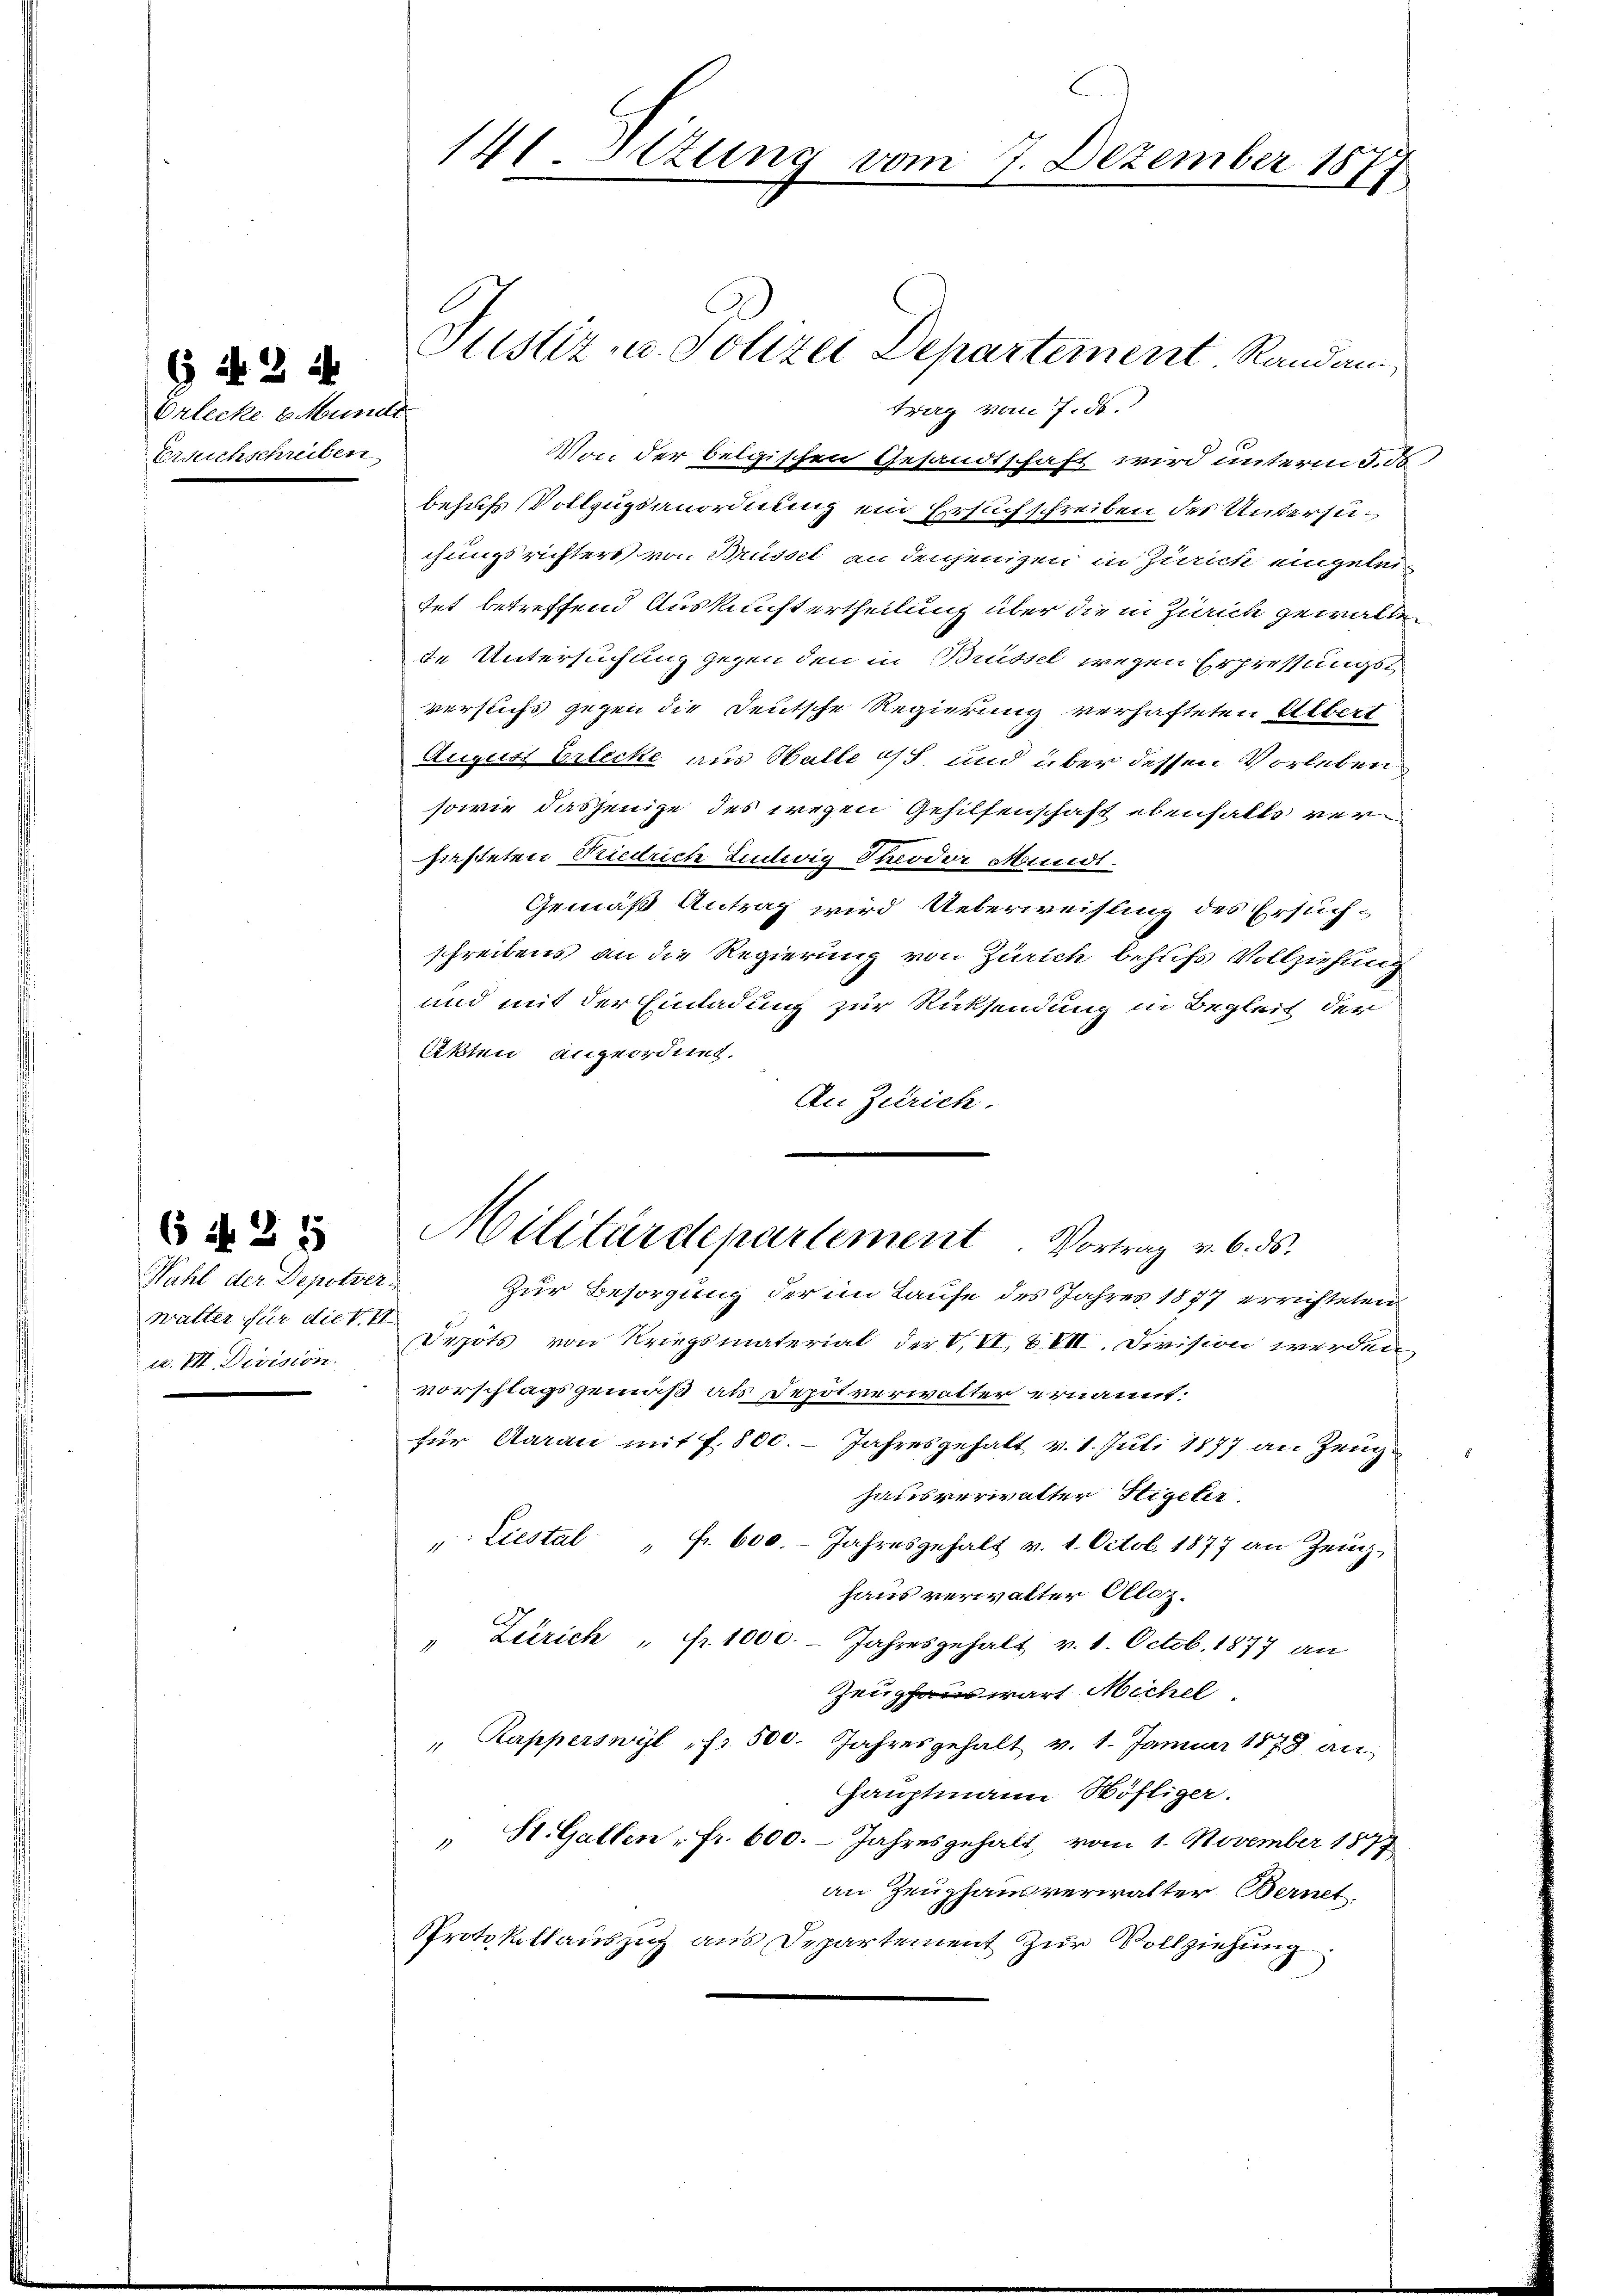
6 f 2 x

Orlecke EMunde
Ersuchschreiben

Wahl der Depotverwalter für die v. II
u. VII. Division.

6 Al. 2 5

Justiz u. Polizei Departement. Randan
trag vom 7. ds.
Von der belgischen Gesandtschaft wird unterm 3. 86
behufs Vollzugsanordnung ein Ersuchschreiben des Untersuchungsrichters von Brüssel an denjenigen in Zürich eingeleitet betreffend Auskunft ertheilung über die in Zürich gewalten
de Untersuchung gegen den in Brüssel wegen Erpressungsversuchs gegen die Deutsche Regierung verhafteten Albert
August Erlecke aus Halle oft und über dessen Vorleben
sowie dasjenige des wegen Gehilfenschaft ebenfalls verfasteten Stiedrich Ludwig Theodor Mundt.
Gemäß Antrag wird Ueberweisung des Ersuchschreibens an die Regierung von Zürich behufs Vollziehung
und mit der Einladung zur Rücksendung in Begleich der
ltten angeordung.
An Zürich.

141. Sitzung vom 7. Dezember 1877

Militärdepartement Vortrag v. 6. ds.

Zur Besorgung der im Laufe des Jahres 1877 errichteten
Depots von Kriegsmaterial der V, VI, VII. Division werden
vorschlagsgemäß als Depotverwalter ernannt:
für Aarau mit f. 800. Jahresgehalt v. 1. Juli 1877 an Zeughausverwalter Stigeter
": Liestal fr. 600. Jahresgehalt v. 1. Octob. 1877 an Zeug-
haus verwalter Olloz.
" Zürich " fr. 1000. Jahresgehalt v. 1. Octob. 1877 an
Zeughaus wart Michel.
" Kapperswyl fr. 500. Jahresgehalt v. 1. Januar 1878 an
hauptmann Höfliger.
" St. Gallen fr. 600. Jahresgehalt vom 1. November 1877
an Zeughausverwalter Bernet.
Pprotokollauszig aus Departement zur Vollziehung